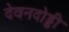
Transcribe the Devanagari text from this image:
देवनदोड्डी